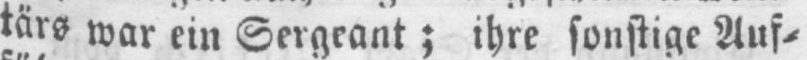
tärs war ein Sergeant; ihre sonstige Auf⸗